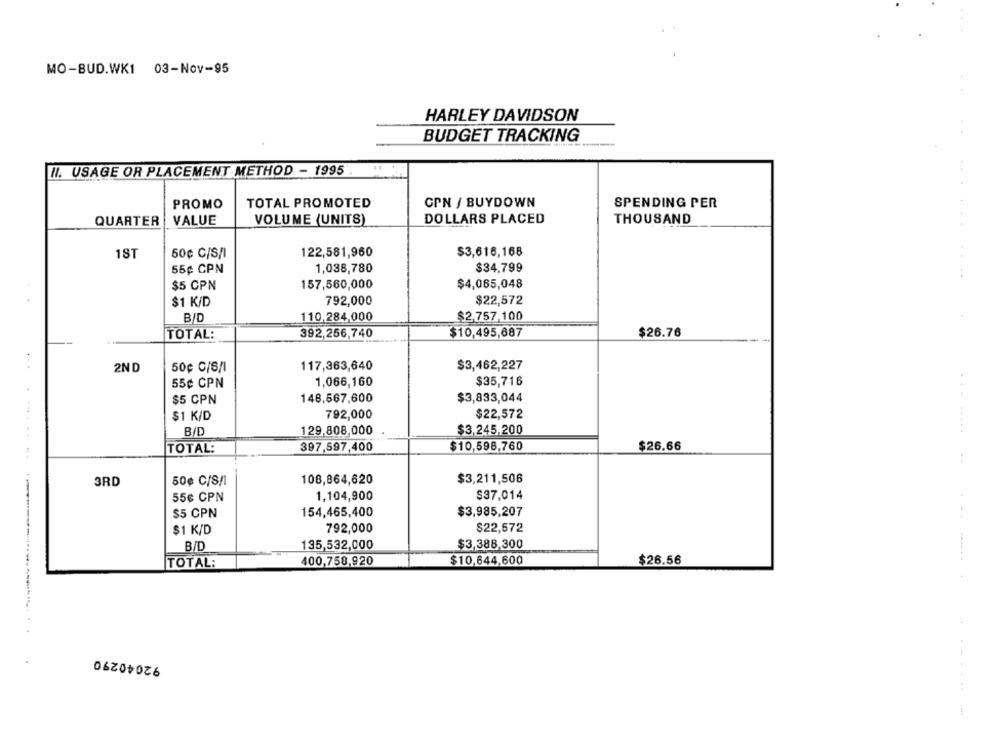
MO-BUD.WK1 03-Nov-95
HARLEY DAVIDSON
BUDGET TRACKING
N. USAGE OR PLACEMENT METHOD - 1995 .
PROMO
TOTAL PROMOTED
CPN / BUYDOWN
SPENDING PER
QUARTER
VALUE
VOLUME (UNITS)
DOLLARS PLACED
THOUSAND
122,581,960
$3,616,168
1ST
50¢ C/S/I
$34.799
55¢ CPN
1,038,780
$5 CPN
157,560,000
$4,065,048
$1 K/D
792,000
$22,572
B/D
110,284,000
$2,757,100
392,256,740
$10,495,687
$26.76
TOTAL:
2ND
50¢ C/S/I
117,363,640
$3,462,227
55¢ CPN
1,066,160
$35,716
$5 CPN
148,567,600
$3,833,044
$1 K/D
792,000
$22,572
BID
129,808,000
$3,245,200
TOTAL:
397,597,400
$10,598,760
$26.66
3RD
50€ C/S/I
108,864,620
$3,211,506
55¢ CPN
1,104,900
$37,014
$5 CPN
154,465,400
$3,985,207
$1 K/D
792,000
$22,572
B/D
135,532,000
$3,388,300
TOTAL:
400,758,920
$10,644,600
$26.56
92040290
....-